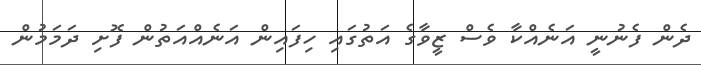
ދެން ފެނުނީ އަނެއްކާ ވެސް ޒީވާގެ އަތުގައި ހިފައިން އަނެއްއަތުން ފޮށި ދަމަމުން